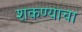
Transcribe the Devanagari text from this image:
शकण्याचा